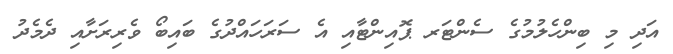
އަދި މި ބިންހެލުމުގެ ސެންޓަރ ޕޮއިންޓާއި އެ ސަރަހައްދުގެ ބައިބޯ ވެރިރަށާއި ދެމެދު